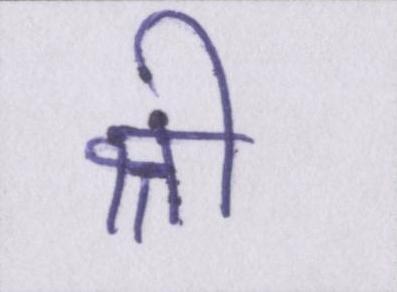
श्री